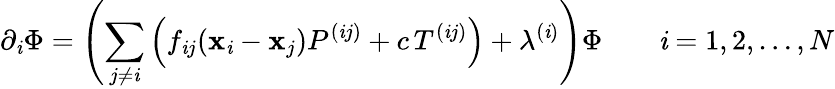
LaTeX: \partial_{\mathit{i}}\Phi=\left(\sum_{j\ne\mathit{i}}\left(f_{\mathit{i}j}(\mathbf{x}_{\mathit{i}}-\mathbf{x}_{j})P^{(\mathit{i}j)}+c\, T^{(\mathit{i}j)}\right)+\lambda^{(\mathit{i})}\right)\Phi\qquad\mathit{i}=1,2,\ldots,N